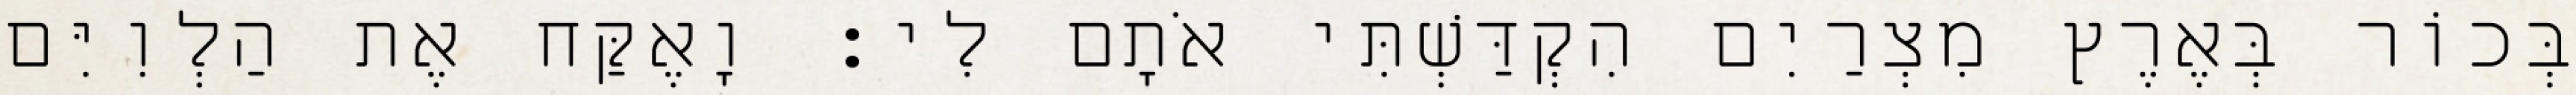
בְּכוֹר בְּאֶרֶץ מִצְרַיִם הִקְדַּשְׁתִּי אֹתָם לִי׃ וָאֶקַּח אֶת הַלְוִיִּם